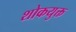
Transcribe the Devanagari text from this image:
शोकयुक्त